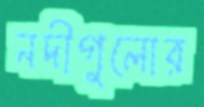
নদীগুলোর